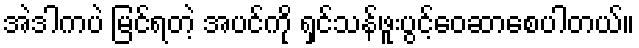
အဲဒါကပဲ မြင်ရတဲ့ အပင်ကို ရှင်သန်ဖူးပွင့်ဝေဆာစေပါတယ်။